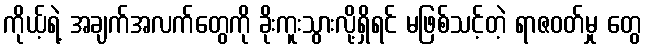
ကိုယ့်ရဲ့ အချက်အလက်တွေကို ခိုးကူးသွားလို့ရှိရင် မဖြစ်သင့်တဲ့ ရာဇဝတ်မှု တွေ